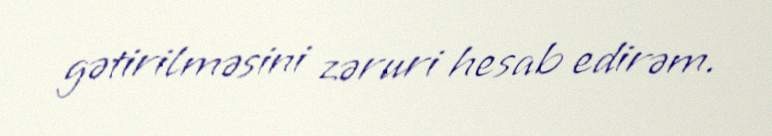
gətirilməsini zəruri hesab edirəm.